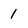
Character: 1